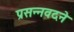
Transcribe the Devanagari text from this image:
प्रसन्नवदने